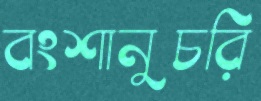
বংশানুচরি